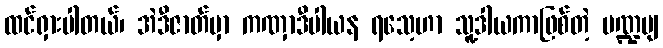
ထင်ရှားပါတယ်၊ အဲဒီဇာတ်မှာ ကဏှာဒီပါယန ရသေ့ဟာ သူ့ဒါယကာဖြစ်တဲ့ မဏ္ဍဗျ